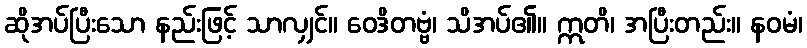
ဆိုအပ်ပြီးသော နည်းဖြင့် သာလျှင်။ ဝေဒိတဗ္ဗံ၊ သိအပ်၏။ ဣတိ၊ အပြီးတည်း။ နဝမံ၊